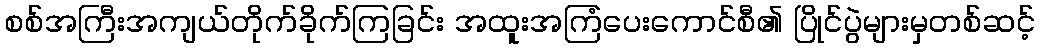
စစ်အကြီးအကျယ်တိုက်ခိုက်ကြခြင်း အထူးအကြံပေးကောင်စီ၏ ပြိုင်ပွဲများမှတစ်ဆင့်